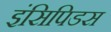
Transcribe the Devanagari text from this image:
इंसिपिडस